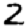
Digit: 2